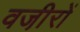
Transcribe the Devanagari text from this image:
वजी़रों